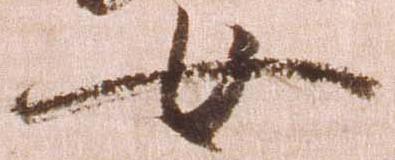
女